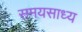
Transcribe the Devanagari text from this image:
समयसाध्य